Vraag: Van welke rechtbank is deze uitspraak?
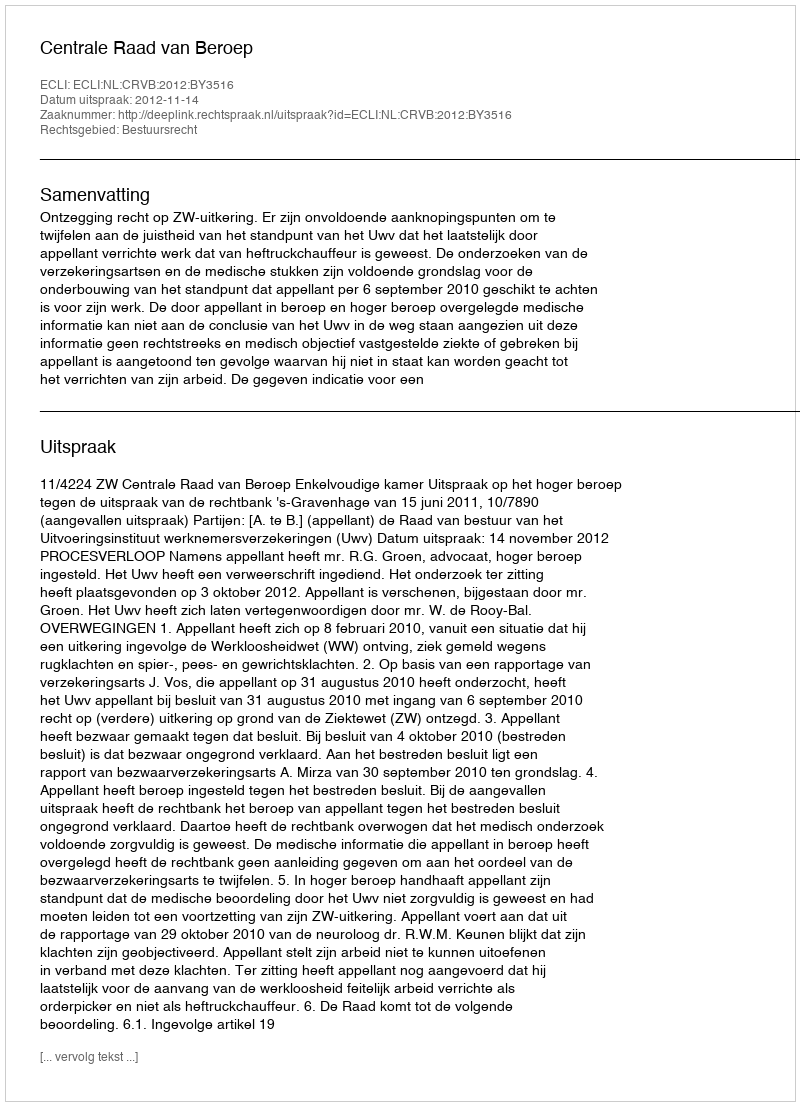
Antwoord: Centrale Raad van Beroep